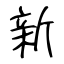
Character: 新